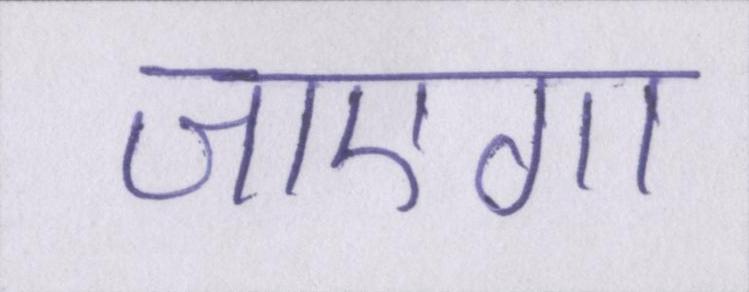
जाएगा